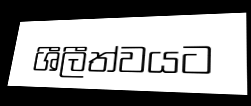
ශීලීත්වයට